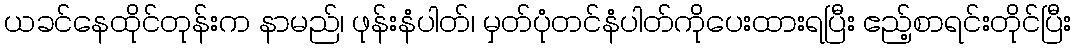
ယခင်နေထိုင်တုန်းက နာမည်၊ ဖုန်းနံပါတ်၊ မှတ်ပုံတင်နံပါတ်ကိုပေးထားရပြီး ဧည့်စာရင်းတိုင်ပြီး